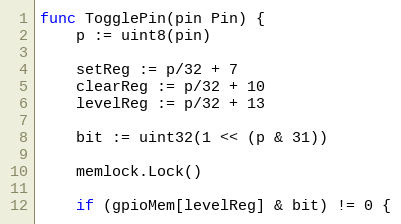
Language: Go
func TogglePin(pin Pin) {
	p := uint8(pin)

	setReg := p/32 + 7
	clearReg := p/32 + 10
	levelReg := p/32 + 13

	bit := uint32(1 << (p & 31))

	memlock.Lock()

	if (gpioMem[levelReg] & bit) != 0 {